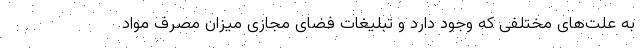
به علت‌های مختلفی که وجود دارد و تبلیغات فضای مجازی میزان مصرف مواد